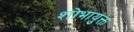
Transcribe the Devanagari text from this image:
शोभायुक्त